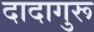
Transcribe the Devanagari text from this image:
दादागुरू